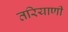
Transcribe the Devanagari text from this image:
तरियाणी